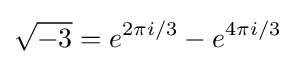
{\sqrt {-3}}=e^{2\pi i/3}-e^{4\pi i/3}